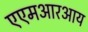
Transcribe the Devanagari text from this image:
एएमआरआय